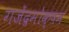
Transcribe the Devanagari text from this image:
गजेंद्रमोक्षम